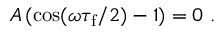
A \, ( \cos ( \omega \tau _ { \mathrm { f } } / 2 ) - 1 ) = 0 ~ .